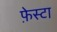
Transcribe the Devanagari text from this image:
फ़ेस्टा